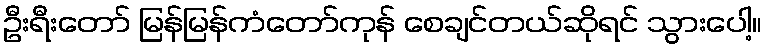
ဦးရီးတော် မြန်မြန်ကံတော်ကုန် စေချင်တယ်ဆိုရင် သွားပေါ့။